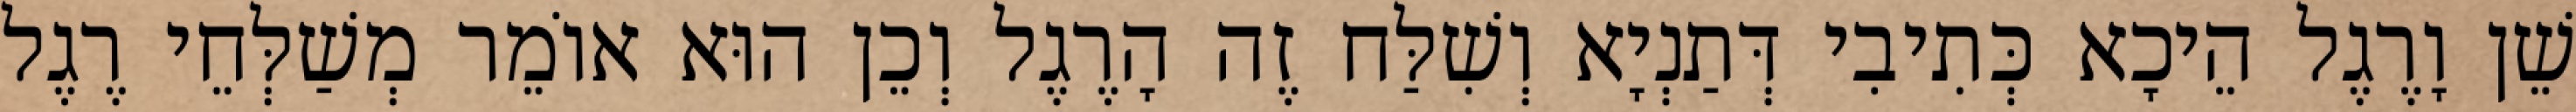
שֵׁן וָרֶגֶל הֵיכָא כְּתִיבִי דְּתַנְיָא וְשִׁלַּח זֶה הָרֶגֶל וְכֵן הוּא אוֹמֵר מְשַׁלְּחֵי רֶגֶל